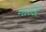
નાઈકી